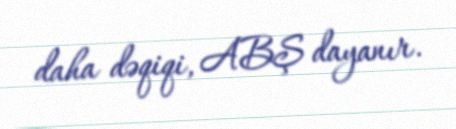
daha dəqiqi, ABŞ dayanır.